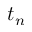
t _ { n }